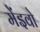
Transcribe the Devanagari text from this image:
मेंइवो